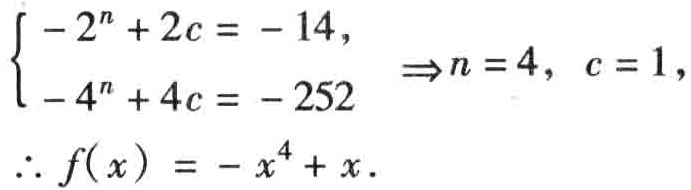
$\begin{cases}-2^{n}+2c=-14,\\-4^{n}+4c=-252\end{cases}\Rightarrow n = 4,\ c = 1,\\
\therefore f(x)=-x^{4}+x.$